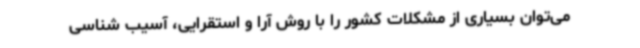
می‌توان بسیاری از مشکلات کشور را با روش آرا و استقرایی، آسیب شناسی